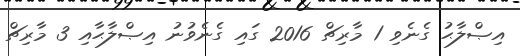
އިޞްލާޙު ގެނެވި 1 މާރިޗް 2016 ގައި ގެނެވުނު އިޞްލާޙާއި 3 މާރިޗް